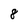
Character: 8